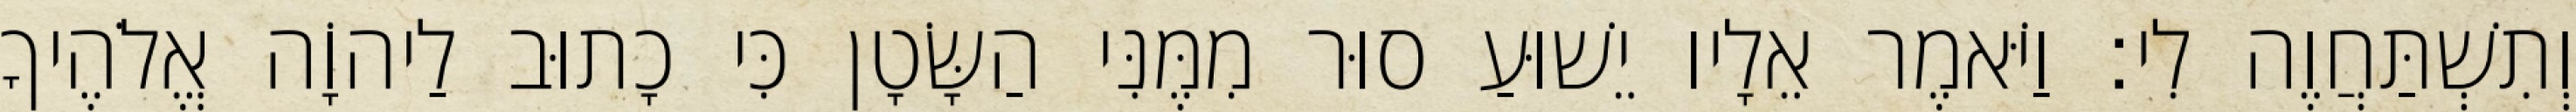
וְתִשְׁתַּחֲוֶה לִי׃ וַיֹּאמֶר אֵלָיו יֵשׁוּעַ סוּר מִמֶּנִּי הַשָּׂטָן כִּי כָתוּב לַיהוָֹה אֱלֹהֶיךָ